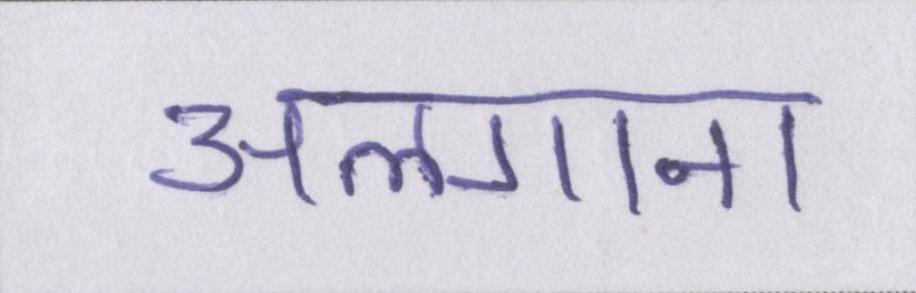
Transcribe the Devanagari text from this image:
अलगाना